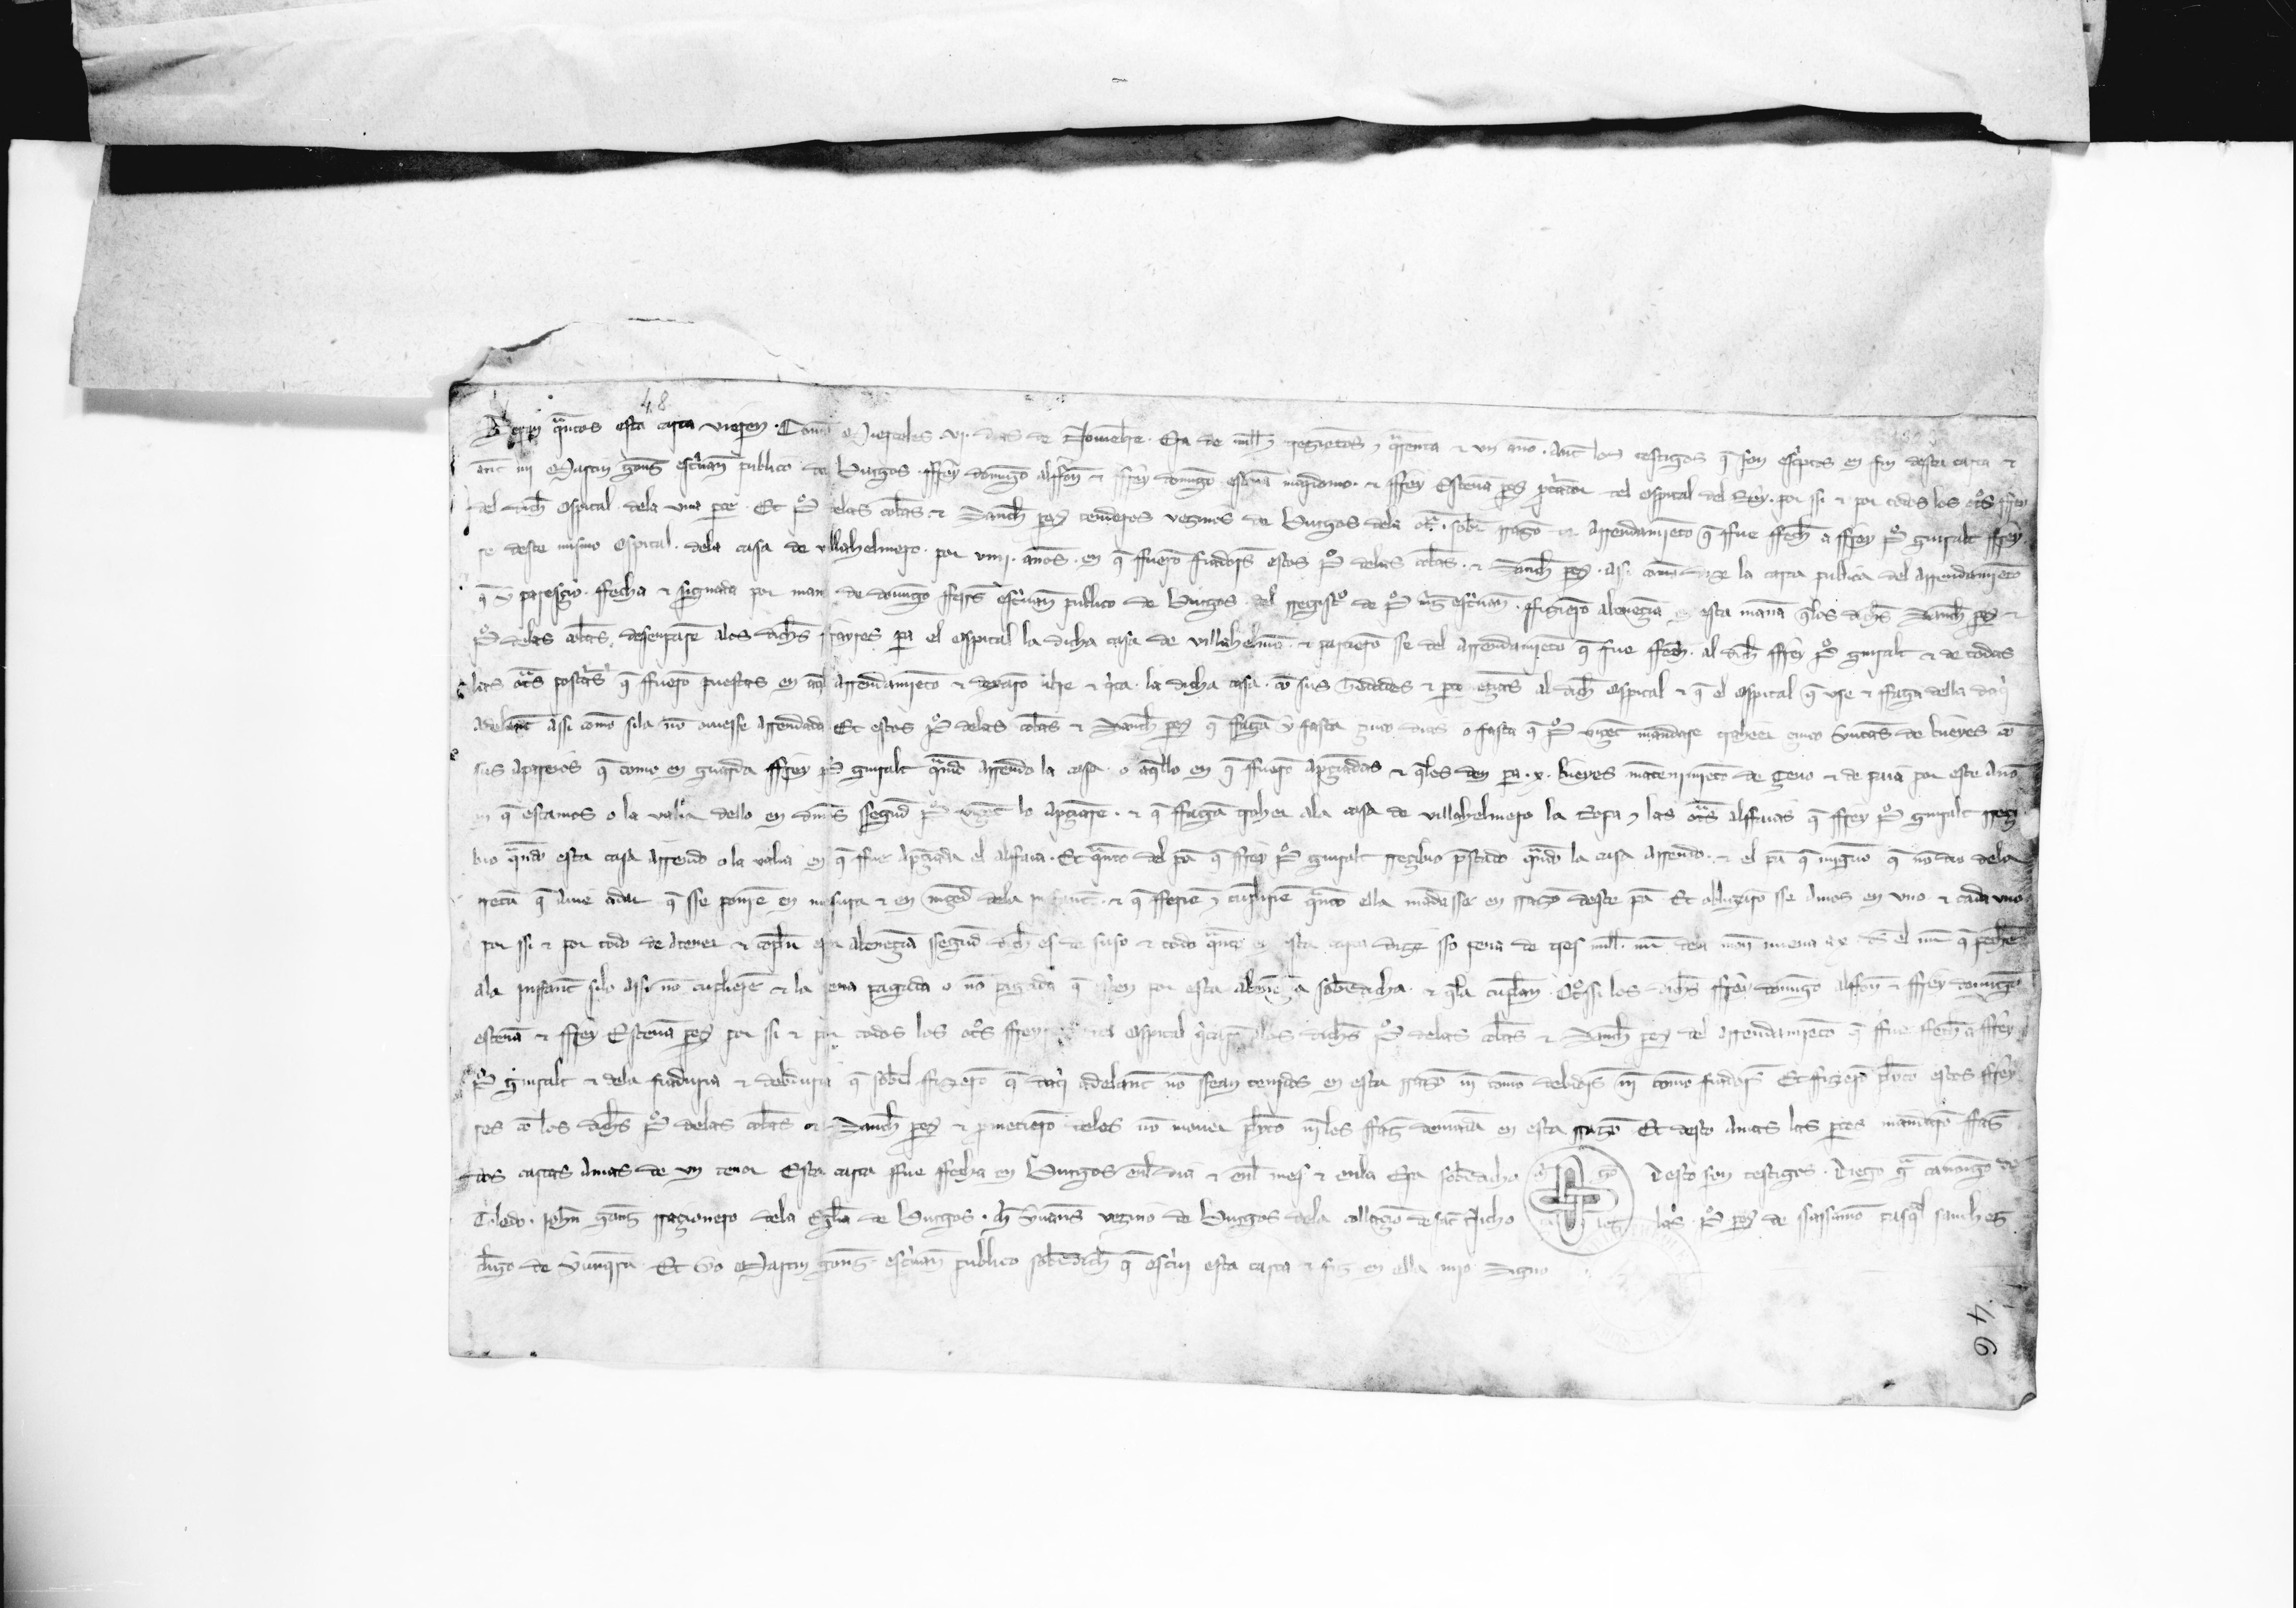
Shelfmark: Paris, BnF, esp. 480
Century: 13